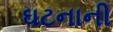
ઘટનાની